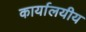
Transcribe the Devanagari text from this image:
कार्यालयीय